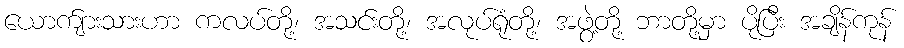
ယောက်ျားသားဟာ ကလပ်တို့၊ အသင်းတို့၊ အလုပ်ရုံတို့၊ အဖွဲ့တို့ ဘာတို့မှာ ပိုပြီး အချိန်ကုန်